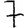
Digit: 7